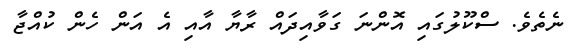
ނެތެވެ. ސްކޫލުގައި އޮންނަ ގަވާއިދައް ރާޔާ އާއި އެ އަން ހެން ކުއްޖާ